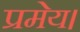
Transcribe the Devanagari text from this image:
प्रमेय।